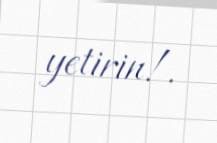
yetirin!.